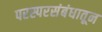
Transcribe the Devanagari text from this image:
परस्परसंबंधातून